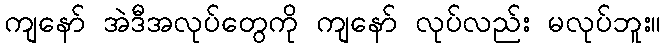
ကျနော် အဲဒီအလုပ်တွေကို ကျနော် လုပ်လည်း မလုပ်ဘူး။